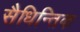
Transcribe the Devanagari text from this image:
सैधिन्तिक